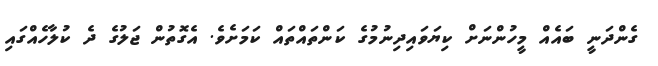
ގެންދަނީ ބައެއް މީހުންނަށް ކިޔަވައިދިނުމުގެ ކަންތައްތައް ކަމަށެވެ. އެގޮތުން ޖަލުގެ ދެ ކުލާހެއްގައި